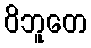
ဝိဘူတေ